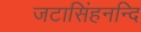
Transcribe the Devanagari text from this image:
जटासिंहनन्दि